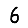
Digit: 6